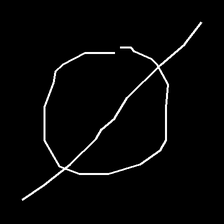
Glyph: orb